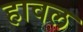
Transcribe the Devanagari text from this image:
हावल